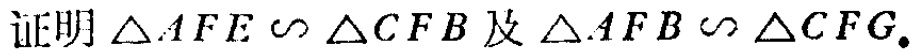
证明\(\triangle AFE\sim\triangle CFB\)及\(\triangle AFB\sim\triangle CFG\)。